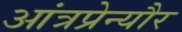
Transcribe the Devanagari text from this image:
आंत्रप्रेन्यौर